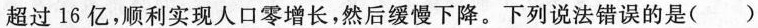
超过16亿，顺利实现人口零增长，然后缓慢下降。下列说法错误的是()